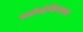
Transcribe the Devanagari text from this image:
स्लोव्हेकियावर